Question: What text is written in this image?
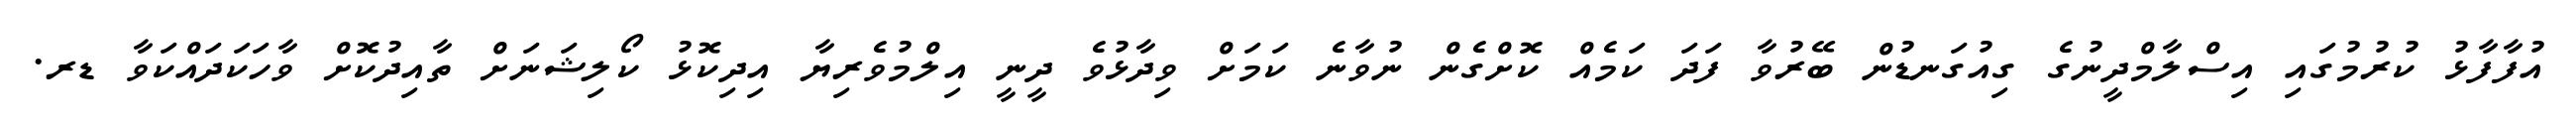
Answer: އުފާފާޅު ކުރުމުގައި އިސްލާމްދީނުގެ ގިއުގަނޑުން ބޭރުވާ ފަދަ ކަމެއް ކޮށްގެން ނުވާނެ ކަމަށް ވިދާޅުވެ ދީނީ އިލްމުވެރިޔާ އިދިކޮޅު ކޯލިޝަނަށް ތާއިދުކޮށް ވާހަކަދައްކަވާ ޑރ.